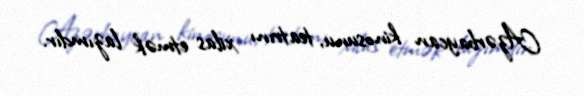
Azərbaycan kinosunu, teatrını xilas etmək lazımdır.